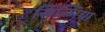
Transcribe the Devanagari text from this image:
सिल्भिया